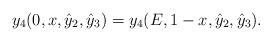
LaTeX: \begin{align*}y_4(0,x,\hat{y}_2,\hat{y}_3)=y_4(E,1-x,\hat{y}_2,\hat{y}_3).\end{align*}